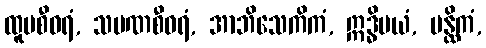
ထူပစီဝရံ, သမဏစီဝရံ, အာဘိသေကိကံ, ဣဒ္ဓိမယံ, ပန္ထိကံ,